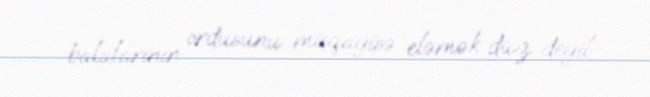
balalarının ordusunu müqayisə eləmək düz deyil.